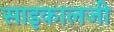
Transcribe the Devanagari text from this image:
साइकालजी